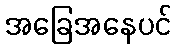
အခြေအနေပင်